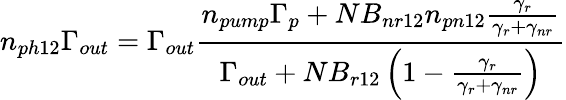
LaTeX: n_{ph12}\Gamma_{out}=\Gamma_{out}\frac{n_{pump}\Gamma_{p}+NB_{nr12}n_{pn12}\frac{\gamma_{r}}{\gamma_{r}+\gamma_{nr}}}{\Gamma_{out}+NB_{r12}\left(1-\frac{\gamma_{r}}{\gamma_{r}+\gamma_{nr}}\right)}